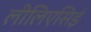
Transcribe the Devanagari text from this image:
लीलिएसिई